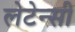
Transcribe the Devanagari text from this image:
लेटेन्सी